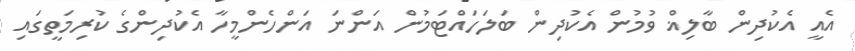
އެއީ އެކުދިން ބާލިޣް ވުމުން އެކުދިން ބަލަހައްޓަމުން އަންނަ އަންހެންމީހާ އެކުދިންގެ ކުރިމަތީގައި